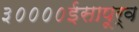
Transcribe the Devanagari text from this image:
३००००ईसापूर्व